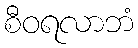
စီဝရလာဘံ